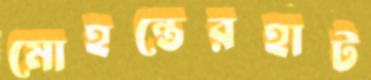
মোহন্তেরহাট